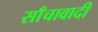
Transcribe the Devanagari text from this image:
साँचावादी